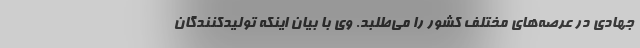
جهادی در عرصه‌های مختلف کشور را می‌طلبد. وی با بیان اینکه تولیدکنندگان